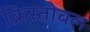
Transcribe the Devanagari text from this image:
क्रिस्तोबल